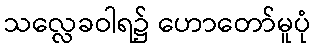
သလ္လေခဝါရ၌ ဟောတော်မူပုံ